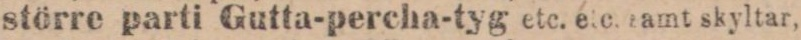
större parti Gutta-percha-tyg etc. etc. tamt skyltar,